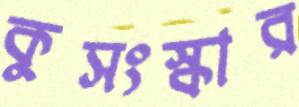
কুসংস্কার